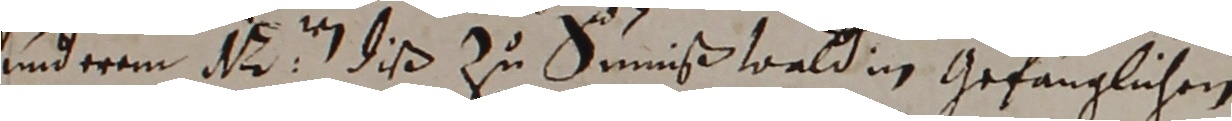
underem  diß zu Sunswaldin gefänglichen